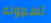
تسمونه